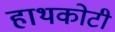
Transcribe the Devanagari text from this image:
हाथकोटी